system: You are a helpful assistant.
user:
Analyze the provided spectrum to determine if it is a **Carbon Star (C-type)**.

- **Key Visual Indicators of Carbon Star:**
    - **(Primary):** Strong molecular absorption from **C₂ (diatomic carbon) "Swan Bands."** This is the **defining feature** of a carbon star.
        - **(Key Bandheads):** Sharp absorption edges are visible at approximately $5635$ Å, $5165$ Å (the strongest band), and $4737$ Å.
        - **(Line Profile):** Creates a distinct **"saw-tooth"** pattern. The key morphology is a sharp, steep bandhead on the **red (long-wavelength) side**, which then gradually tapers off (i.e., flux recovers) towards the **blue (short-wavelength) side**. *(This is the direct opposite of the TiO bands seen in M-type stars)*.

    - **(Secondary):** Intense **CN (cyanogen)** molecular absorption bands.
        - **(Key Bandheads):** Located in the blue and violet regions of the spectrum (e.g., near $4215$ Å and $3883$ Å).
        - **(Morphology):** These bands are extremely broad and act as a "blanket," absorbing the vast majority of blue and violet light. This creates a characteristic **"cliff"** or **"steep drop-off"** in the spectrum's flux at short wavelengths.

    - **(Key Confirmation):** Strong **CH absorption band (G-band)**.
        - **(Key Bandhead):** Located around $4300$ Å. The contribution from CH molecules to this band is exceptionally strong.

    - **(Overall Spectrum):**
        - The continuum is severely "chopped up" by these deep molecular bands, especially C₂, rather than appearing as a smooth curve.
        - Due to the heavy CN and C₂ absorption in the blue-green, the vast majority of the star's flux is concentrated in the red part of the spectrum, giving the star its characteristic deep red color.

Think first, call **spectral_visualization_tool** if needed to examine features in detail, then provide your final answer. Your response must adhere to the following strict rules:
1.  **Overall Structure:** Your response must follow the format `<think>...</think> <tool_call>...</tool_call> (if a tool is used) <answer>...</answer>`.
2.  **Tool Usage Constraint:** You may only make **one** tool call per turn.
3.  **Final Answer Format:** In the `<answer>` tag, your conclusion must be inside a `\boxed{}` command (e.g., `\boxed{YES}`), followed by your justification.

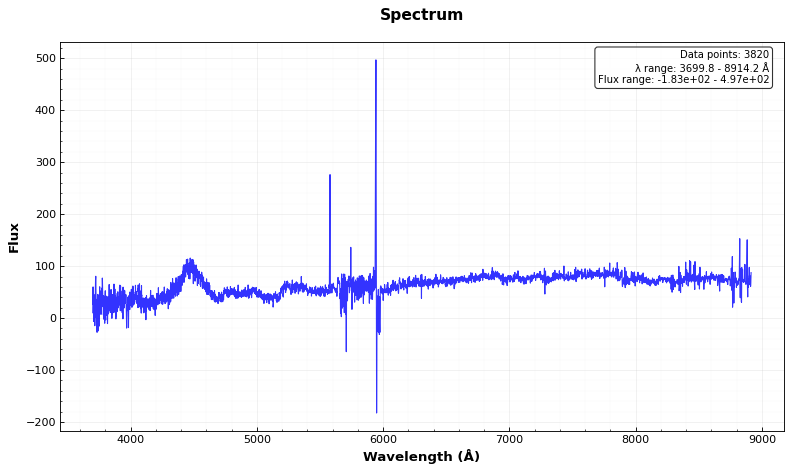
Answer: YES